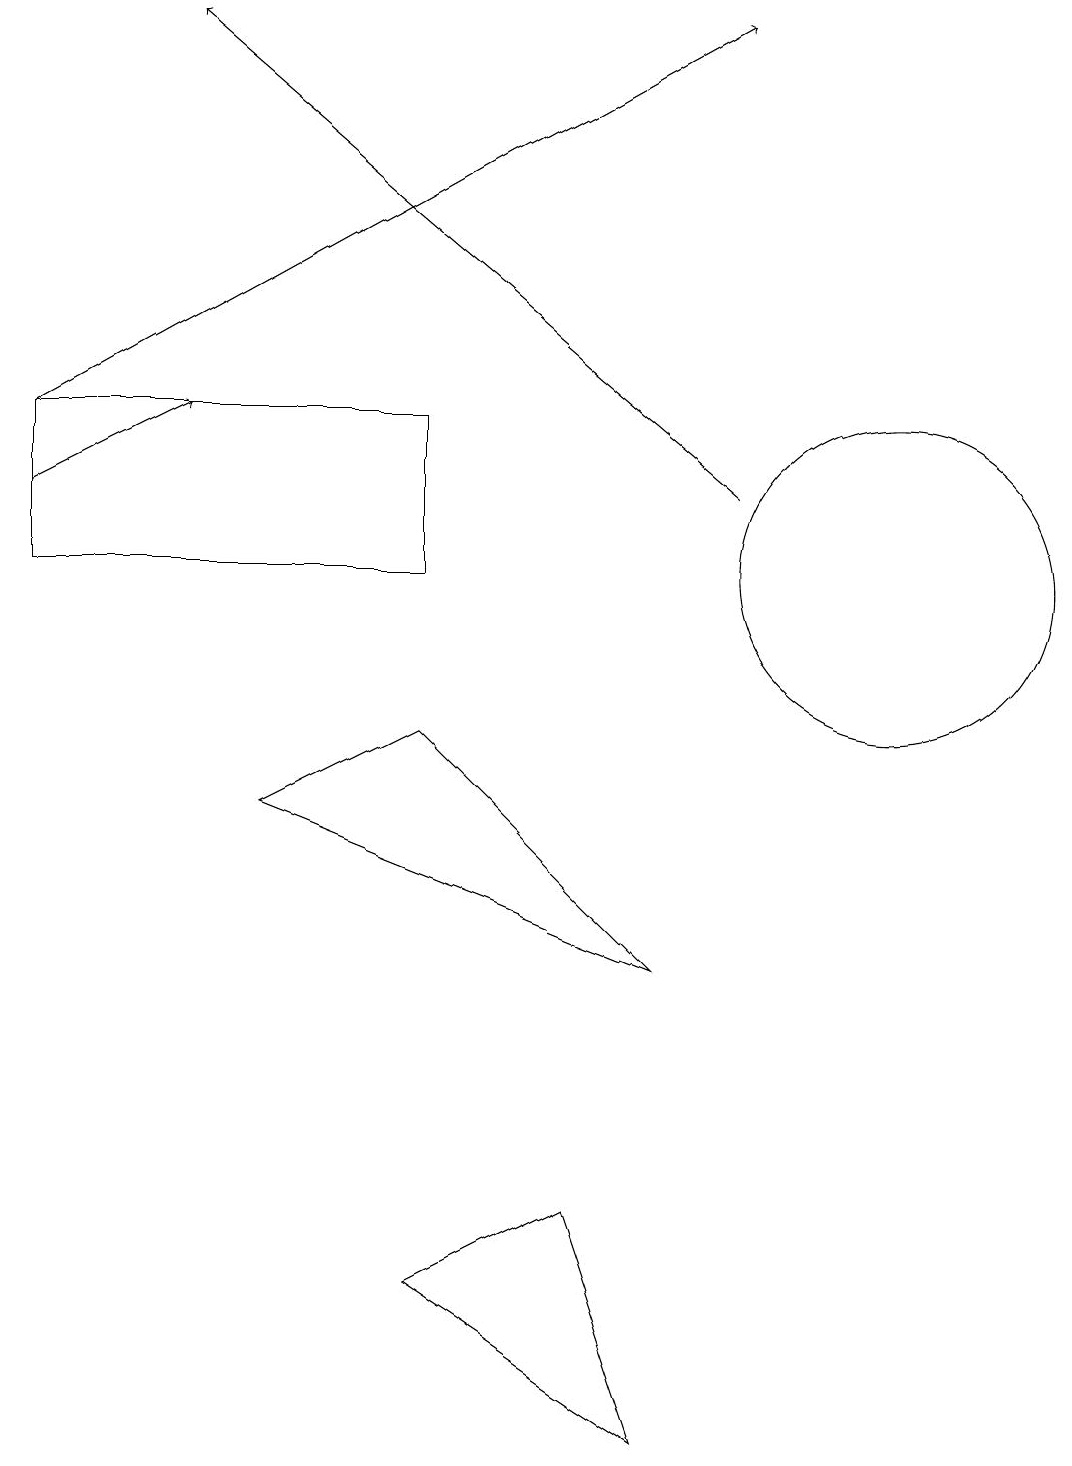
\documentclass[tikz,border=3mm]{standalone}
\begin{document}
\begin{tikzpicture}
\draw[->] (0,13) -- (9,18);
\draw (0,11) rectangle (5,13);
\draw (11,11) circle (2);
\draw[->] (0,12) -- (2,13);
\draw[->] (9,12) -- (2,18);
\draw (8,0) -- (7,3) -- (5,2) -- cycle;
\draw (5,9) -- (8,6) -- (3,8) -- cycle;
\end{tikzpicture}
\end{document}